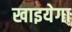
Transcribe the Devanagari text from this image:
खाइयेगा